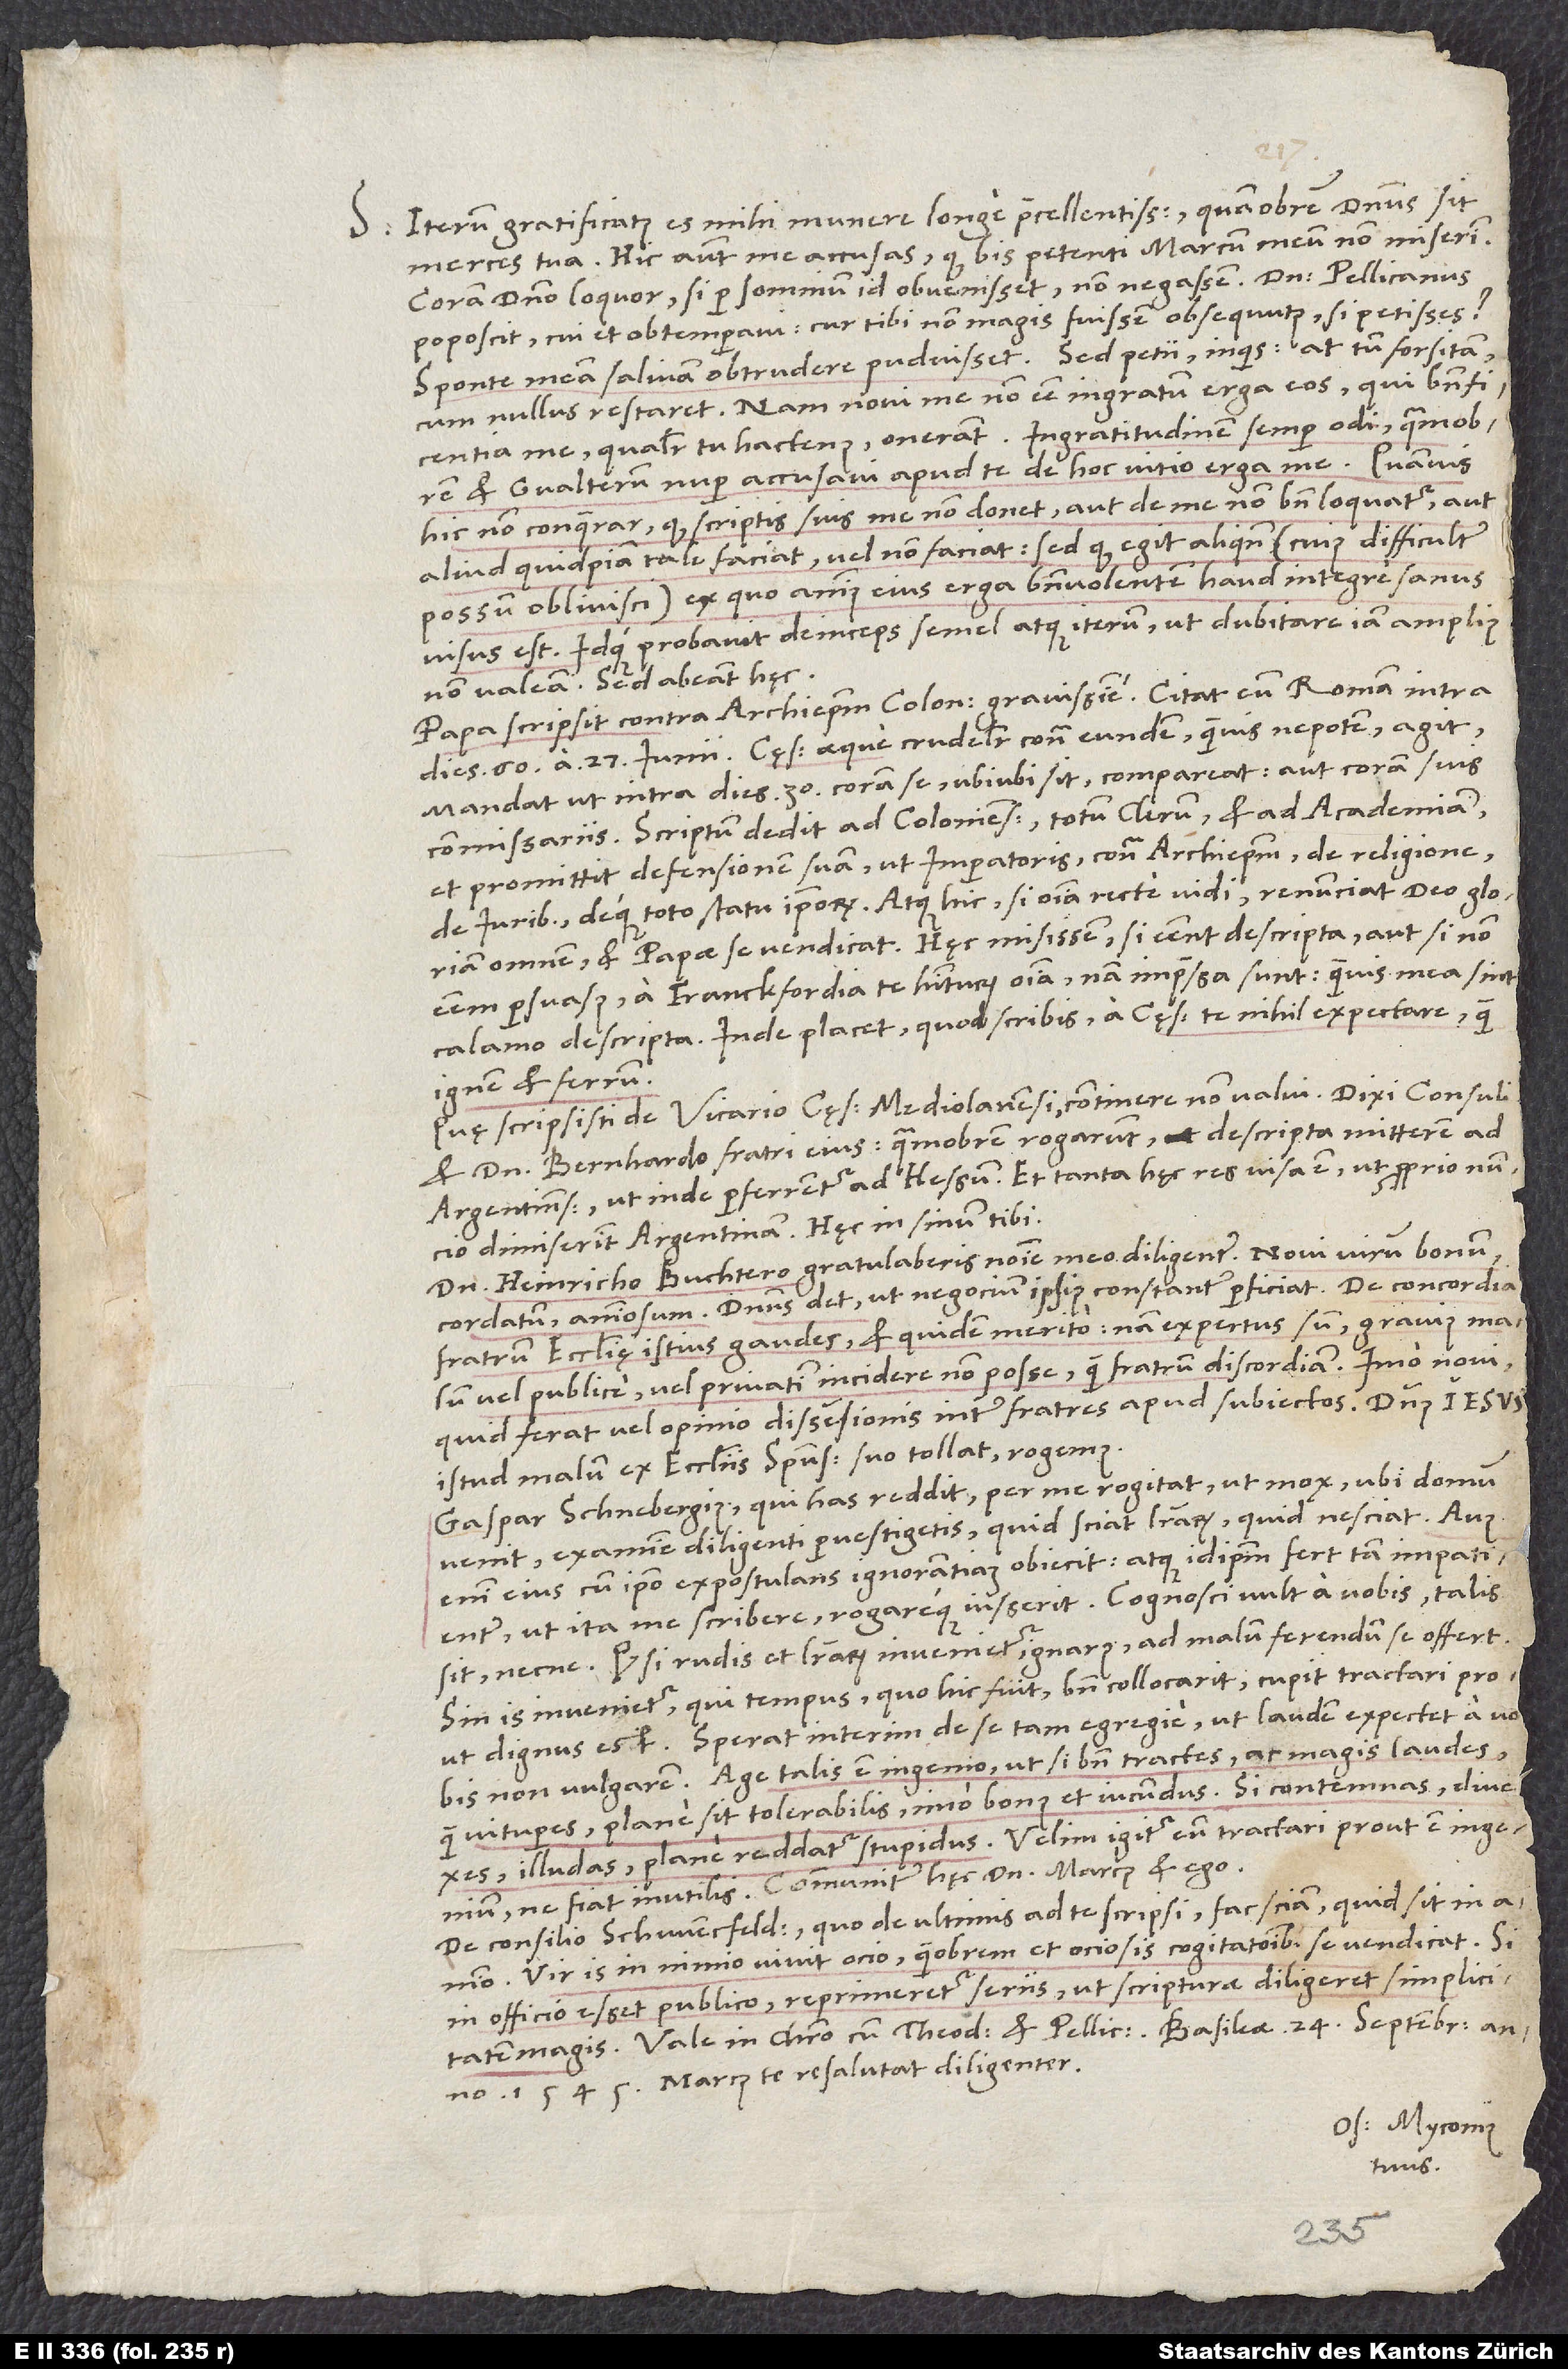
S. Iterum gratificatus es mihi munere longe praecellentissimo, quamobrem dominus sit
merces tua. Hic autem me accusas, quod bis petenti Marcum meum non miserim.
Coram domino loquor, si per somnium id obvenisset, non negassem. Dominus Pellicanus
poposcit; cui et obtemperavi. Cur tibi non magis fuissem obsequutus, si petisses?
Sponte meam salivam obtrudere puduisset. „Sed petii“, inquis; at tum forsitan,
cum nullus restaret. Nam novi me non esse ingratum erga eos, qui beneficentia
me, qualiter tu hactenus, onerant. Ingratitudinem semper odi. Quamobrem
et Gvalterum nuper accusavi apud te de hoc vitio erga me, quamvis
hic non conquerar, quod scriptis suis me non donet aut de me non bene loquatur aut
aliud quidpiam tale faciat vel non faciat, sed quod egit aliquando (cuius difficulter
possum oblivisci); ex quo animus eius erga benevolentem haud integre sanus
Idque probavit deinceps semel atque iterum, ut dubitare iam amplius
non valeam. Sed abeant hęc.
Papa scripsit contra archiepiscopum Coloniensem gravissime. Citat eum Romam intra
dies 60 a 27. iunii. Cęsar aeque crudeliter contra eundem, quamvis nepotem, agit.
Mandat, ut intra dies 30 coram se, ubiubi sit, compareat aut coram suis
commissariis. Scriptum dedit ad Colonienses, totum clerum et ad academiam,
et promittit defensionem suam ut imperatoris contra archiepiscopum de religione,
de iuribus deque toto statu ipsorum. Atque hic, si omnia recte vidi, renunciat deo gloriam
omnem et papae se vendicat. Hęc misissem, si essent descripta aut si non
essem persuasus a Franckfordia te habiturum omnia; nam impressa sunt, quamvis mea sint
calamo descripta. Inde placet, quod scribis, a cęsare te nihil expectare quam
ignem et ferrum.
Quę scripsisti de vicario cęsaris Mediolanensi, continere non valui. Dixi consuli
et domino Bernhardo, fratri eius; quamobrem rogarunt, descripta mitterem ad
Argentinenses, ut inde perferrentur ad Hessum. Et tanta hęc res visa est, ut proprio nuncio
dimiserint Argentinam. Hęc in sinum tibi.
Domino Heinricho Buchtero gratulaberis nomine meo diligenter. Novi virum bonum,
cordatum, animosum; dominus det, ut negocium ipsius constanter perficiat! De concordia
fratrum ecclesię istius gaudes, et quidem merito; nam expertus sum gravius malum
vel publice vel privatim incidere non posse quam fratrum discordiam, imo novi,
quid ferat vel opinio dissensionis inter fratres apud subiectos. Dominus Iesus
istud malum ex ecclesiis spiritu suo tollat, rogemus.
Gaspar Schnebergius, qui has reddit, per me rogitat, ut mox, ubi domum
venit, examine diligenti pervestigetis, quid sciat literarum, quid nesciat.
enim eius, cum ipso expostulans, ignorantiam obiecit, atque idipsum fert tam impatienter,
ut ita me scribere rogareque iusserit. Cognosci vult a vobis, talis
sit necne. Quodsi rudis et literarum invenietur ignarus, ad malum ferendum se offert;
sin is invenietur, qui tempus, quo hic fuit, bene collocarit, cupit tractari, prout
dignus est. Sperat interim de se tam egregie, ut laudem expectet a vobis
non vulgarem. Age! Talis est ingenio, ut, si bene tractes, ac magis laudes,
quam vituperes, plane sit tolerabilis, imo bonus et iucundus. Si contemnas, divexes,
illudes, plane reddatur stupidus. Velim igitur eum tractari, prout est ingenium,
ne fiat inutilis. Communiter hęc dominus Marcus et ego.
De consilio Schwencfeldico, quo de ultimis ad te scripsi, fac sciam, quid sit in
Vir is in nimio vivit ocio, quamobrem et ociosis cogitationibus se vendicat. Si
in officio esset publico, reprimeretur seriis, ut scripturae diligeret simplicitatem
Vale in Christo cum Theodoro et Pellicano. Basileae, 24. septembris anno
Marcus te resalutat diligenter.
Os. Myconius
tuus.